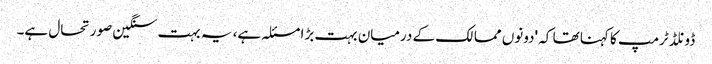
ڈونلڈ ٹرمپ کا کہنا تھا کہ 'دونوں ممالک کے درمیان بہت بڑا مسئلہ ہے، یہ بہت سنگین صورتحال ہے۔